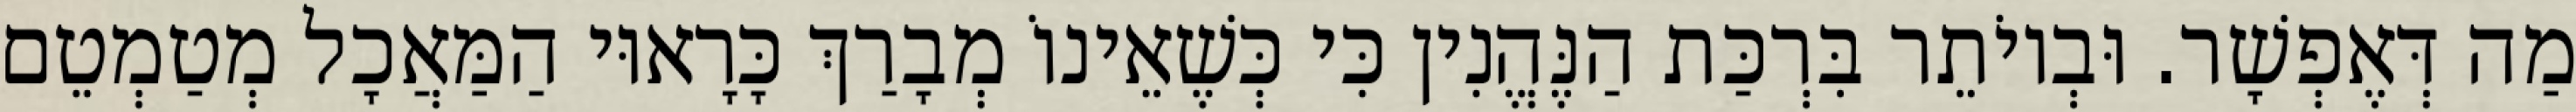
מַה דְּאֶפְשָׁר. וּבְיוֹתֵר בִּרְכַּת הַנֶּהֱנִין כִּי כְּשֶׁאֵינוֹ מְבָרַךְ כָּרָאוּי הַמַּאֲכָל מְטַמְטֵם